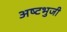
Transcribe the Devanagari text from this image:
अष्‍टभुजी